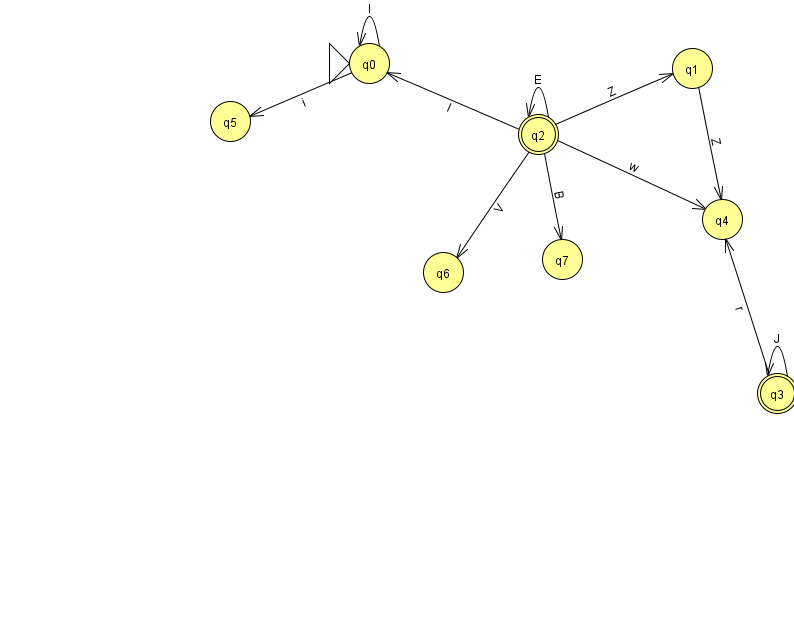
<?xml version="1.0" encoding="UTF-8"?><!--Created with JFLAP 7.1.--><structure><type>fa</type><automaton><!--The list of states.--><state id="0" name="q0"><x>369.0</x><y>50.0</y><initial/></state><state id="1" name="q1"><x>692.0</x><y>55.0</y></state><state id="2" name="q2"><x>538.0</x><y>121.0</y><final/></state><state id="3" name="q3"><x>777.0</x><y>380.0</y><final/></state><state id="4" name="q4"><x>722.0</x><y>206.0</y></state><state id="5" name="q5"><x>230.0</x><y>108.0</y></state><state id="6" name="q6"><x>443.0</x><y>259.0</y></state><state id="7" name="q7"><x>562.0</x><y>246.0</y></state><!--The list of transitions.--><transition><from>2</from><to>4</to><read>w</read></transition><transition><from>2</from><to>2</to><read>E</read></transition><transition><from>0</from><to>5</to><read>i</read></transition><transition><from>2</from><to>7</to><read>B</read></transition><transition><from>2</from><to>0</to><read>l</read></transition><transition><from>2</from><to>1</to><read>Z</read></transition><transition><from>2</from><to>6</to><read>V</read></transition><transition><from>0</from><to>0</to><read>I</read></transition><transition><from>3</from><to>3</to><read>J</read></transition><transition><from>1</from><to>4</to><read>Z</read></transition><transition><from>3</from><to>4</to><read>r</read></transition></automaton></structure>